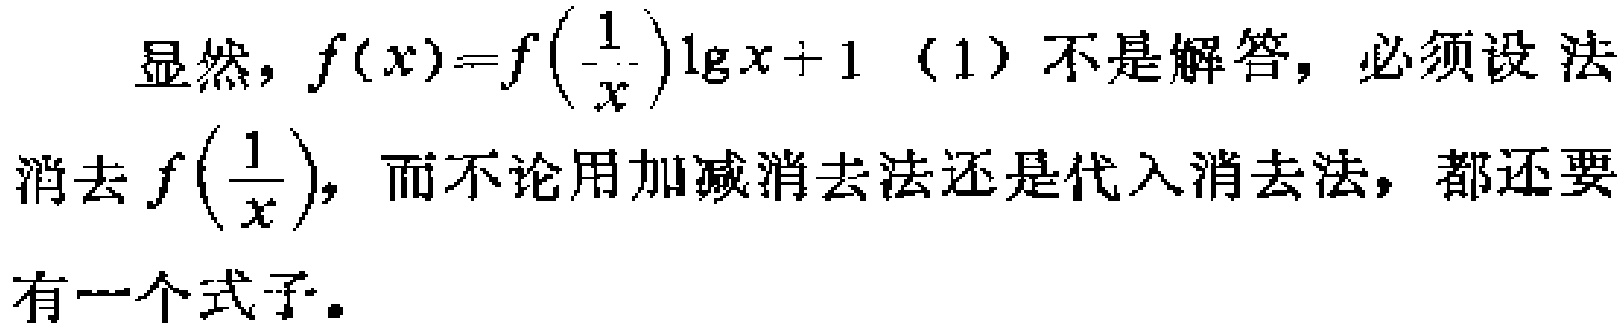
显然，\(f(x)=f\left(\frac{1}{x}\right)\lg x + 1\)（1）不是解答，必须设法消去\(f\left(\frac{1}{x}\right)\)，而不论用加减消去法还是代入消去法，都还要有一个式子。